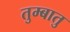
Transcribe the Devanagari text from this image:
तुम्बातु